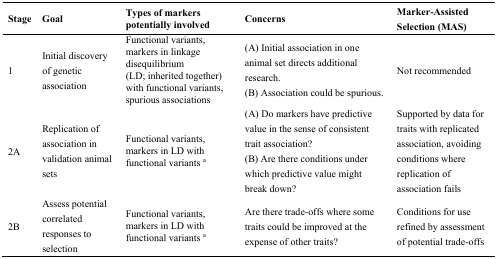
| Stage | Goal | Types of markers potentially involved | Concerns | Marker-Assisted Selection (MAS) |
 | --- | --- | --- | --- | --- |
 | 1 | Initial discovery of genetic association | Functional variants, markers in linkage disequilibrium (LD; inherited together) with functional variants, spurious associations | (A) Initial association in one animal set directs additional research.(B) Association could be spurious. | Not recommended |
 | 2A | Replication of association in validation animal sets | Functional variants, markers in LD with functional variants a | (A) Do markers have predictive value in the sense of consistent trait association? (B) Are there conditions under which predictive value might break down? | Supported by data for traits with replicated association, avoiding conditions where replication of association fails |
 | 2B | Assess potential correlated responses to selection | Functional variants, markers in LD with functional variants a | Are there trade-offs where some traits could be improved at the expense of other traits? | Conditions for use refined by assessment of potential trade-offs |